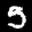
Label: 5